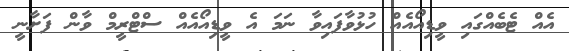
އެއް ޓެބެއްގައި ވީޑިއޯއެއް ހުޅުވާފައިވާ ނަމަ އެ ވީޑިއޯއެއް ސްޓްރީމް ވާން ފަށާނީ